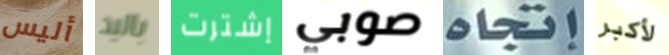
أليس باليد إشترت صوبي إتجاه لأكبر